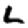
Digit: 2